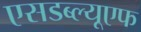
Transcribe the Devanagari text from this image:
एसडब्ल्यूएफ